Document type: Emphyteutic lease
Year: 1316
Scribe: Berenguer de Vallseca
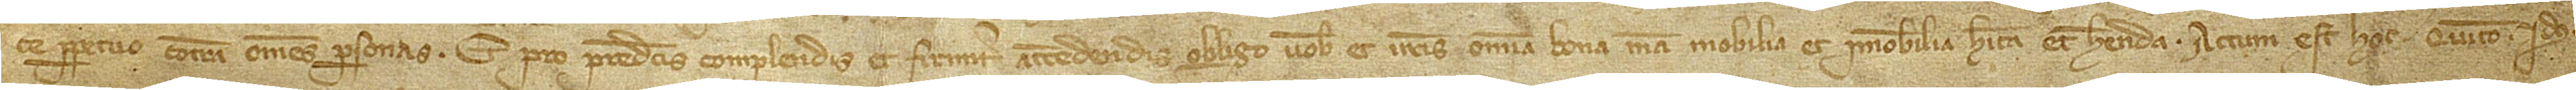
ce perpetuo contra omnes personas. Et pro predictis complendis et firmiter attendendis obligo vobis et vestris omnia bona mea, mobilia et immobilia, habita et habenda.  Actum est hoc quinto idus